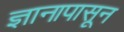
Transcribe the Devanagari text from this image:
ज्ञानापासून